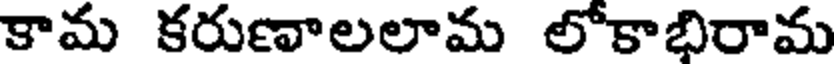
కామ కరుణాలలామ లోకాభిరామ